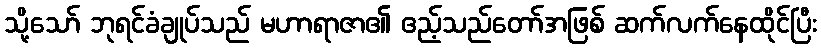
သို့သော် ဘုရင်ခံချုပ်သည် မဟာရာဇာ၏ ဧည့်သည်တော်အဖြစ် ဆက်လက်နေထိုင်ပြီး